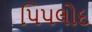
પિપલોદ